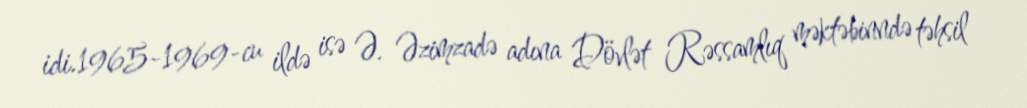
idi.1965-1969-cu ildə isə Ə. Əzimzadə adına Dövlət Rəssamlıq məktəbinndə təhsil